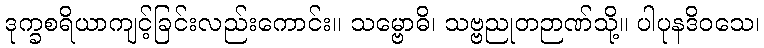
ဒုက္ခစရိယာကျင့်ခြင်းလည်းကောင်း။ သမ္ဗောဓိ၊ သဗ္ဗညုတဉာဏ်သို့။ ပါပုနဒိဝသေ၊